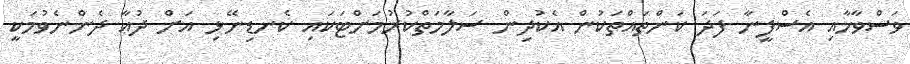
ވަސްވާހާއި އެސްފީނާ ފަދަ ކަންތައްތަކުން އެކުދިން ސަލާމަތްކުރުމަށްޓަކައި ކެނޑިނޭޅި އަށް ދުޢާ ދެންނެވުމަކީ